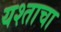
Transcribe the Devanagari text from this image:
यश्ताचा